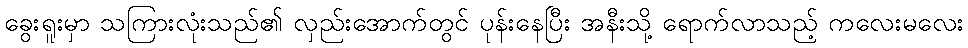
ခွေးရူးမှာ သကြားလုံးသည်၏ လှည်းအောက်တွင် ပုန်းနေပြီး အနီးသို့ ရောက်လာသည့် ကလေးမလေး